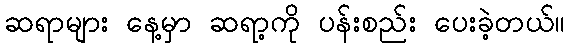
ဆရာများ နေ့မှာ ဆရာ့ကို ပန်းစည်း ပေးခဲ့တယ်။